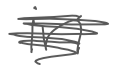
Text: in
Cross-out: scratch
Writing tool: digital_gray